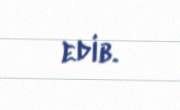
edib.